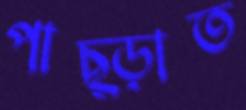
পাছ্‌ড়াত